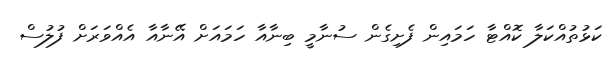
ކަޅުތުއްކަލާ ކޮއްޓާ ހަމައިން ފެށިގެން ސުނާމީ ބިނާއާ ހަމައަށް އޭނާއާ އެއްވަރަށް ފުލުސް